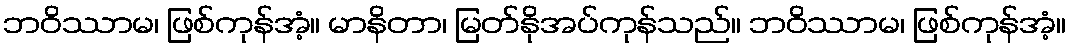
ဘဝိဿာမ၊ ဖြစ်ကုန်အံ့။ မာနိတာ၊ မြတ်နိုအပ်ကုန်သည်။ ဘဝိဿာမ၊ ဖြစ်ကုန်အံ့။